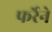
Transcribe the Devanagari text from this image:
फर्रेने